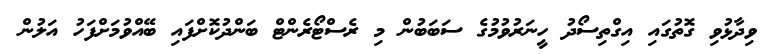
ވިދާޅުވި ގޮތުގައި އިގްތިސޯދު ހީނަރުވުމުގެ ސަބަބުން މި ރެސްޓޯރެންޓް ބަންދުކޮށްފައި ބޭއްވުމަށްފަހު އަލުން